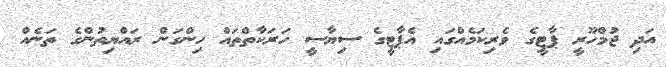
އަދި ޖުމްހޫރީ ޕާޓީގެ ވެރިކަމެއްގައި އެޕާޓީގެ ސިޔާސީ ހަރަކާތްތައް ހިންގަން ރައްޔިތުންގެ ތަނެއް